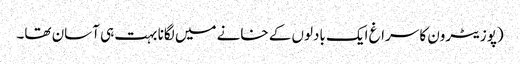
(پوزیٹرون کا سراغ ایک بادلوں کے خانے میں لگانا بہت ہی آسان تھا۔